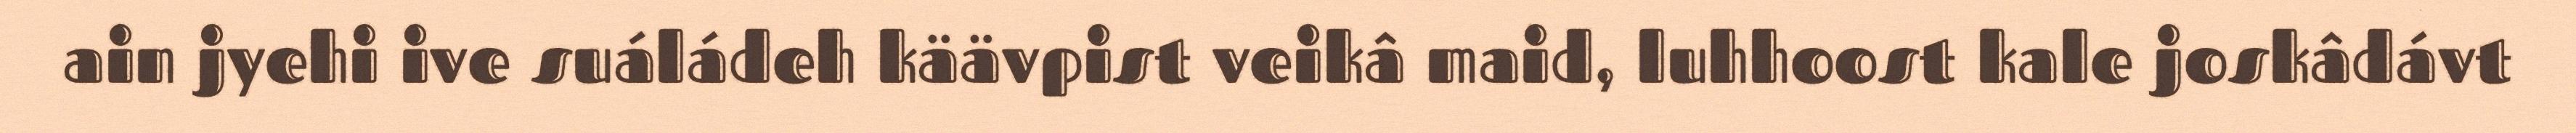
ain jyehi ive suáládeh käävpist veikâ maid, luhhoost kale joskâdávt